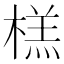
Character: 榚